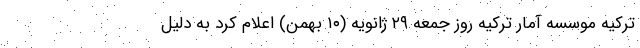
ترکیه موسسه آمار ترکیه روز جمعه ۲۹ ژانویه (۱۰ بهمن) اعلام کرد به دلیل